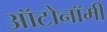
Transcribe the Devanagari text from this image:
ऑटोनॉमी